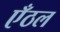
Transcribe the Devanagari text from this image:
एँठल